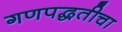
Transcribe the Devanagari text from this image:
गणपद्धतीचा